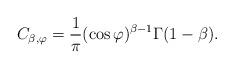
LaTeX: \begin{align*}C_{\beta,\varphi} = \frac1{\pi}(\cos \varphi)^{\beta-1} \Gamma(1-\beta).\end{align*}